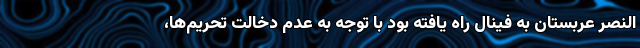
النصر عربستان به فینال راه یافته بود با توجه به عدم دخالت تحریم‌ها،